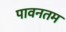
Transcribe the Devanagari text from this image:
पावनतम